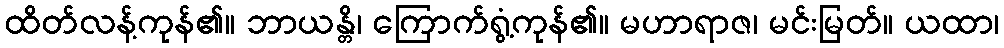
ထိတ်လန့်ကုန်၏။ ဘာယန္တိ၊ ကြောက်ရွံ့ကုန်၏။ မဟာရာဇ၊ မင်းမြတ်။ ယထာ၊